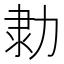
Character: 𠡫